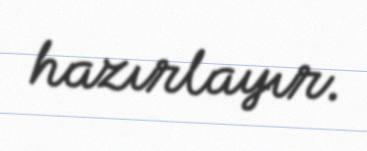
hazırlayır.